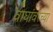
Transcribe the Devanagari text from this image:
वाघांवरच्या